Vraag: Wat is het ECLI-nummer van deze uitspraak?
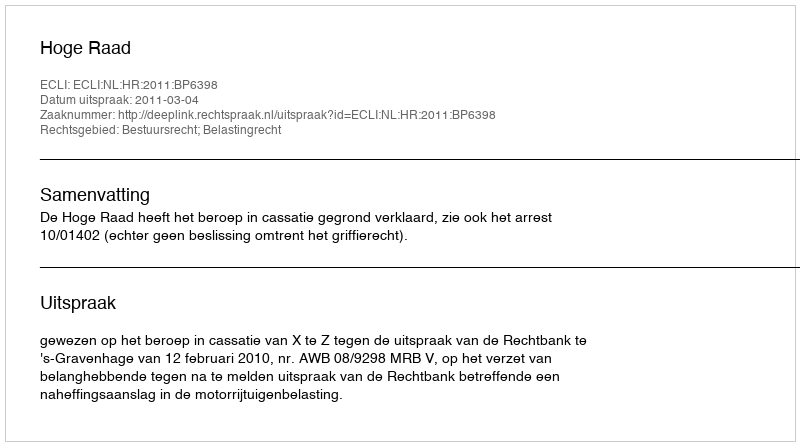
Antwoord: ECLI:NL:HR:2011:BP6398